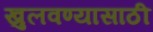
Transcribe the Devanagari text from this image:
खुलवण्यासाठी